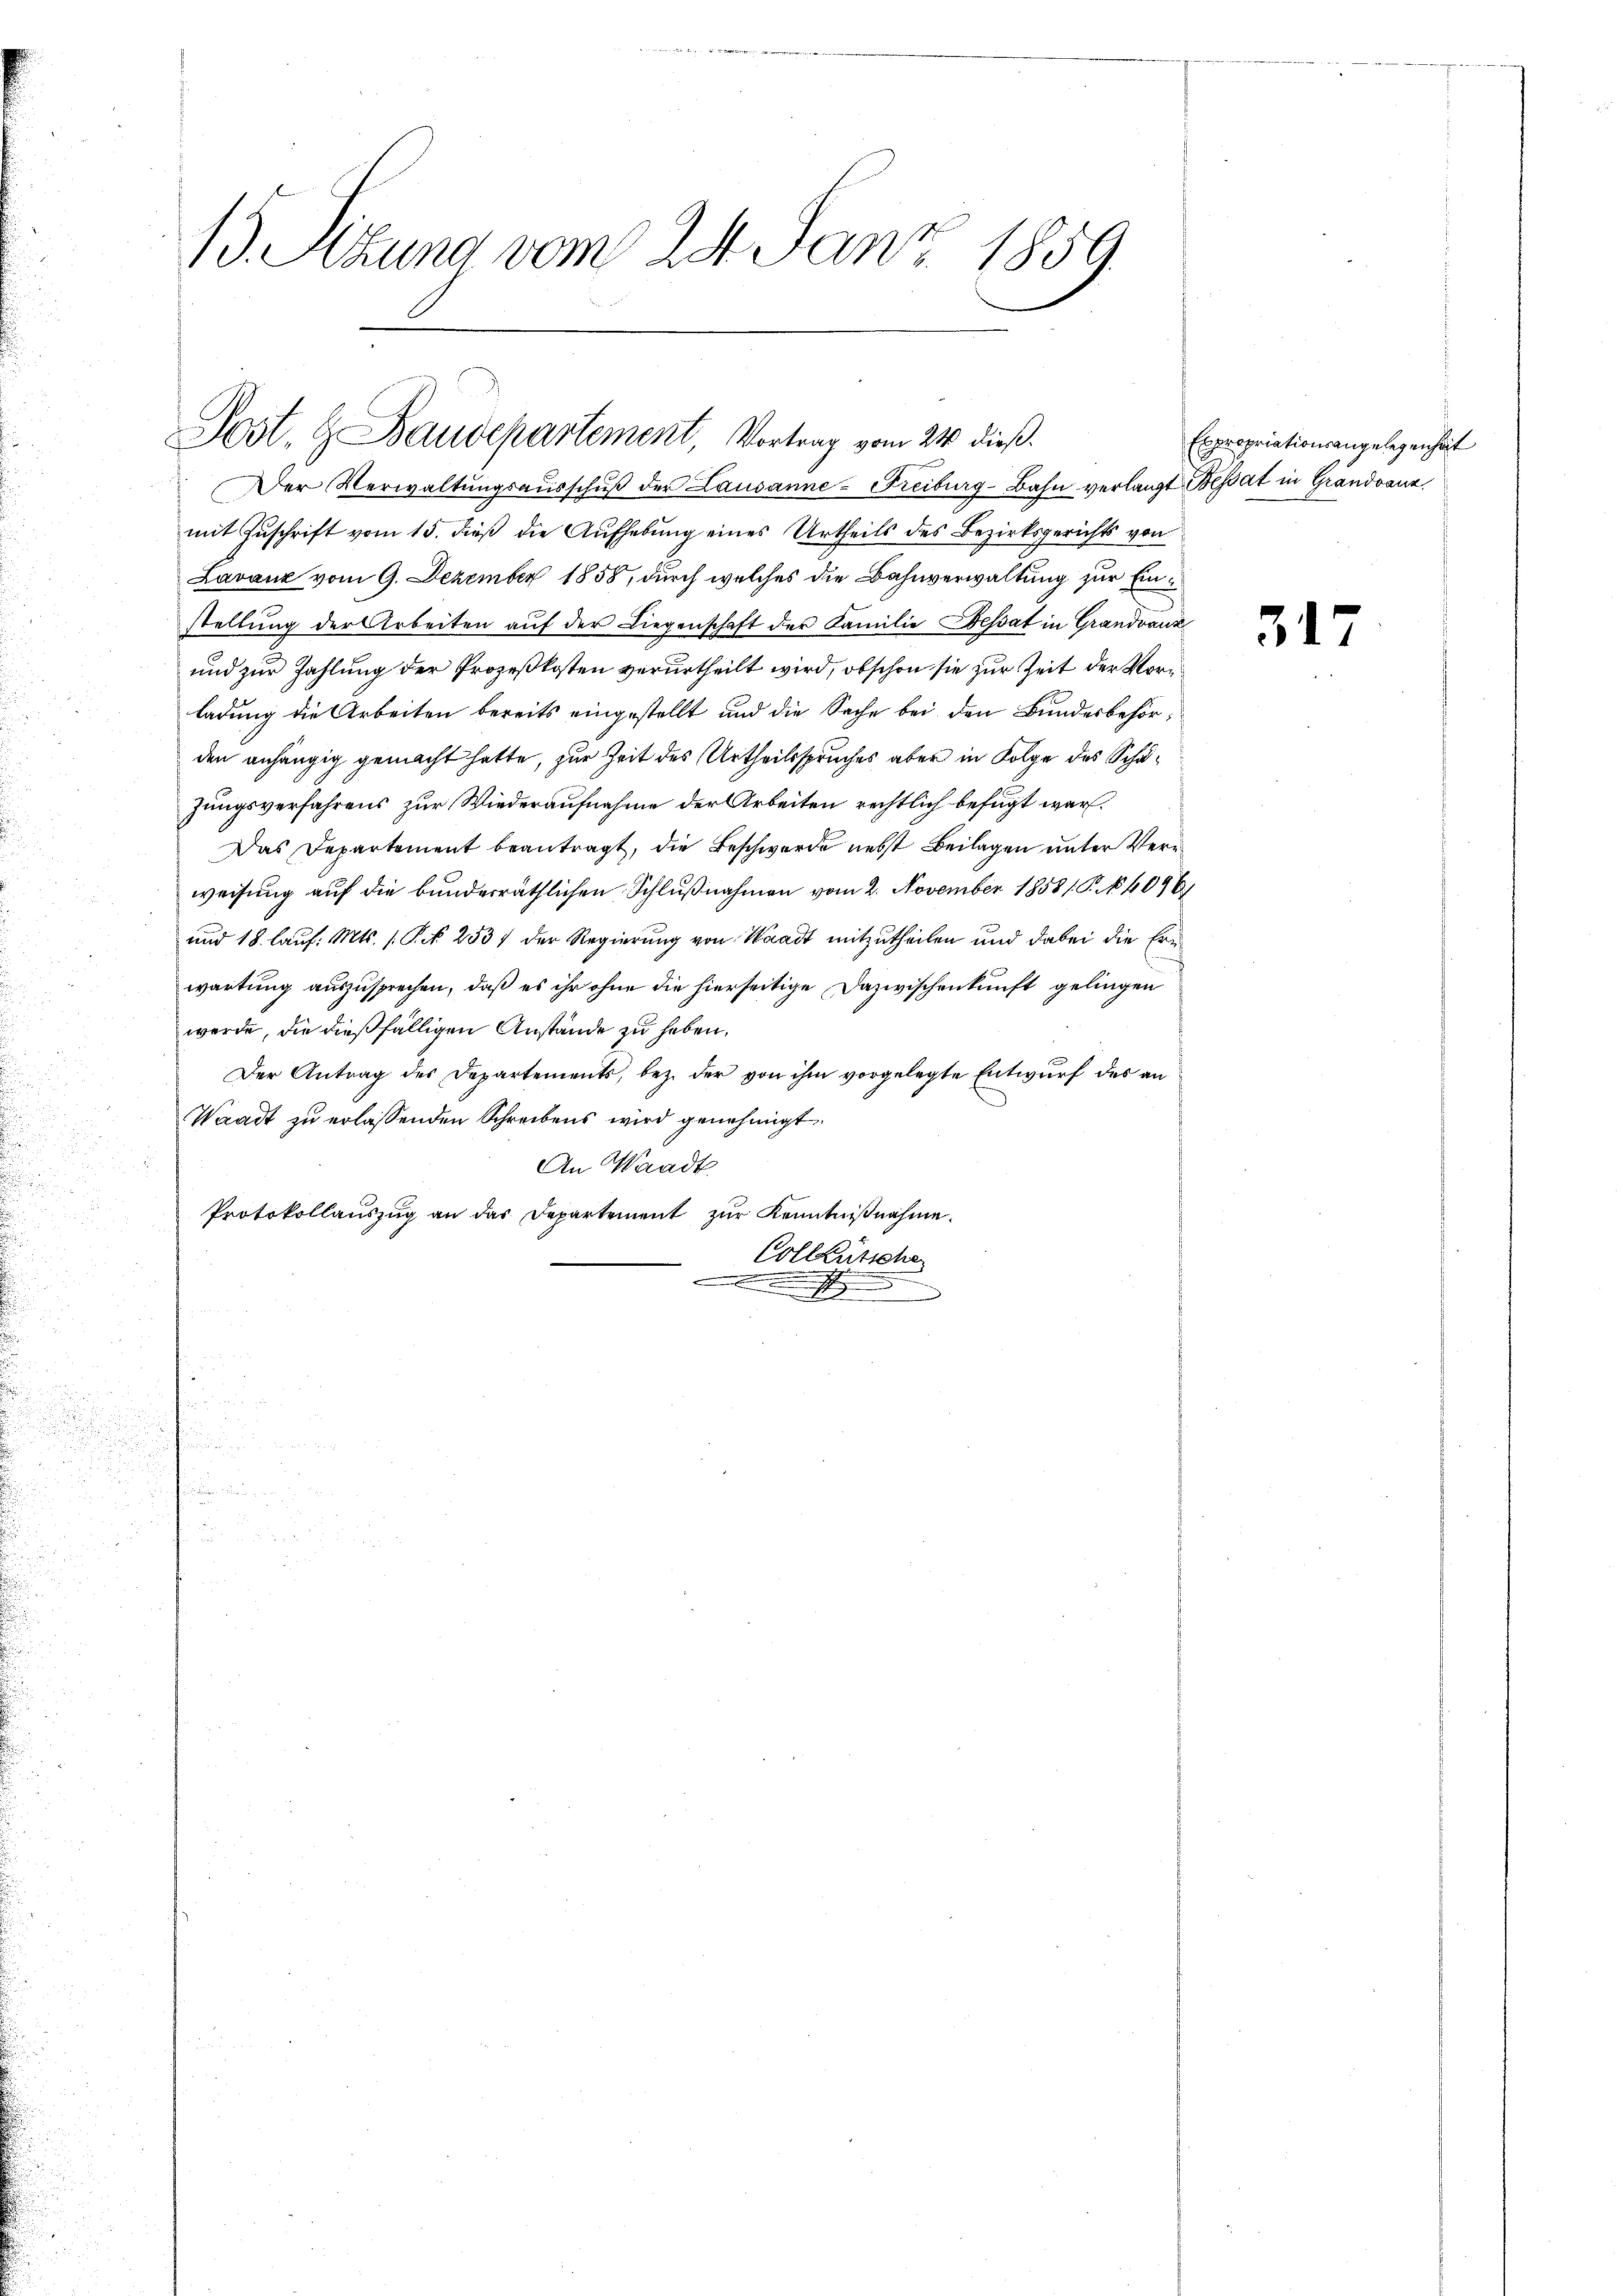
13. Altung vom 24. Janz. 1859

Post. H. Baudepartement, Vortrag vom 24. dieß.

Der Verwaltŭngsaŭsschŭβ der Lausanne-Freiburg-Bahn verlangt Besat in Grandvanz,
mit Zŭschrift vom 15. dieβ die Aŭfhebŭng eines Urtheils des Bezirksgerichts von
Lavanz vom 9. Dezember 1858, durch welches die Bahnverwaltung zur Einstellung der Arbeiten aŭf der Liegenschaft der Familie Besat in Grandvauz
und zur Zahlung der Prozeßkosten verurtheilt wird, obschon sie zur Zeit der Vorladung die Arbeiten bereits eingestellt und die Sache bei den Bundesbehörden anhängig gemacht hatte, zur Zeit des Urtheilsspruches aber in Folge des Schäzungsverfahrens zur Wiederaufnahme der Arbeiten rechtlich befugt war.
Das Departement beantragt, die Beschwerde nebst Beilagen unter Verweisung auf die bunderräthlichen Schlußnahmen vom 2. November 1858/. P. 14096/
und 18. lauf. Mts. 1 Pct. 2537 der Regierung von Waadt mitzutheilen und dabei die Erwartung auszusprechen, daß es ihr ohne die hierseitige Dazwischenkunft gelingen
werde, die dießfälligen Anstände zu haben.
Der Antrag des Departements, bez. der von ihm vorgelegte Entwŭrf des an
Waadt zu erlassenden Schreibens wird genehmigt
An Waadt
Protokollauszug an dar Departement zur Kenntnißnahme.
Colleütsche

Expropriationsangelegenheit

317